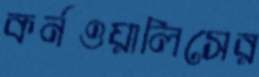
কর্নওয়ালিসের